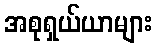
အစုရှယ်ယာများ